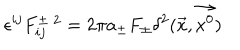
LaTeX: \epsilon ^ { i j } F _ { i j } ^ { \pm \; 2 } = 2 \pi a _ { \pm } F _ { \pm } \delta ^ { 2 } ( \vec { x } , \vec { x ^ { 0 } } )